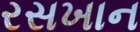
રસખાન